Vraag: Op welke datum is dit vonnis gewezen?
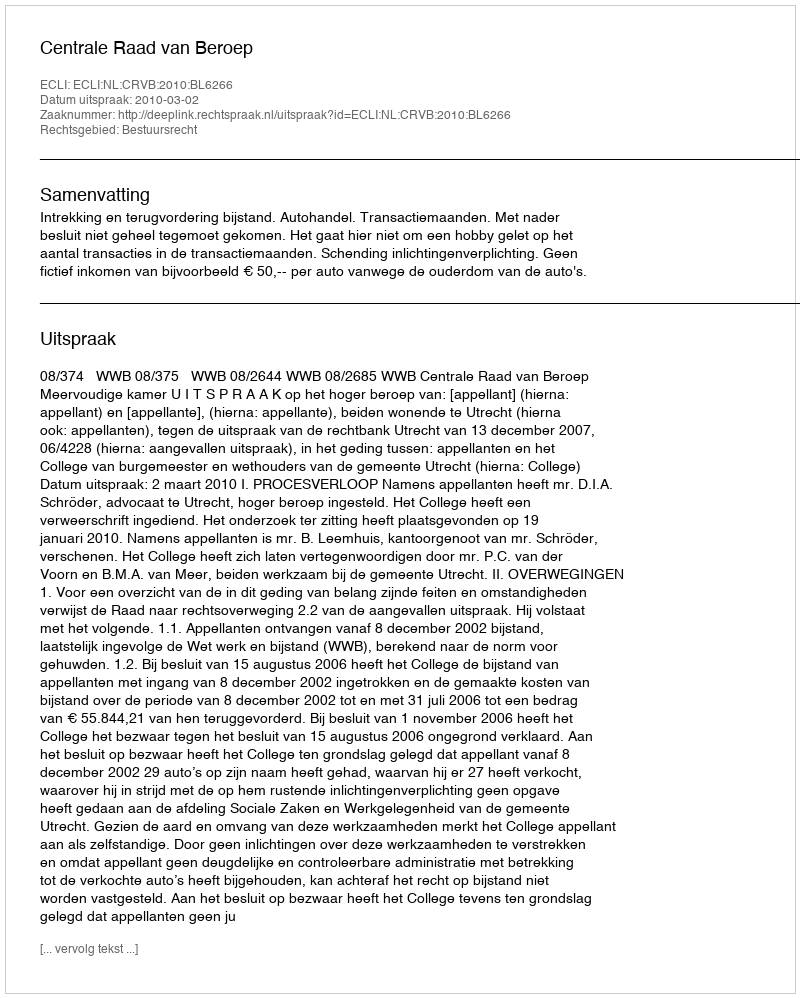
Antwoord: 2010-03-02